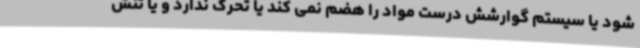
شود یا سیستم گوارشش درست مواد را هضم نمی کند یا تحرک ندارد و یا تنش